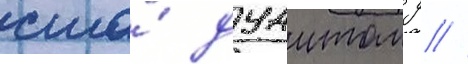
сша́ дуаитом д //